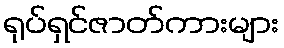
ရုပ်ရှင်ဇာတ်ကားများ